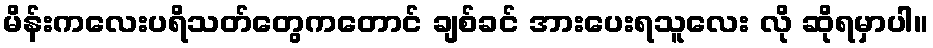
မိန်းကလေးပရိသတ်တွေကတောင် ချစ်ခင် အားပေးရသူလေး လို ဆိုရမှာပါ။